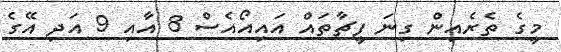
މީގެ ތެރެއިން ގިނަ ފީޗާތައް އައިއޯއެސް 8 އާއި 9 އަދި އޭގެ